Scottish Leaving Certificate Examination, 1956
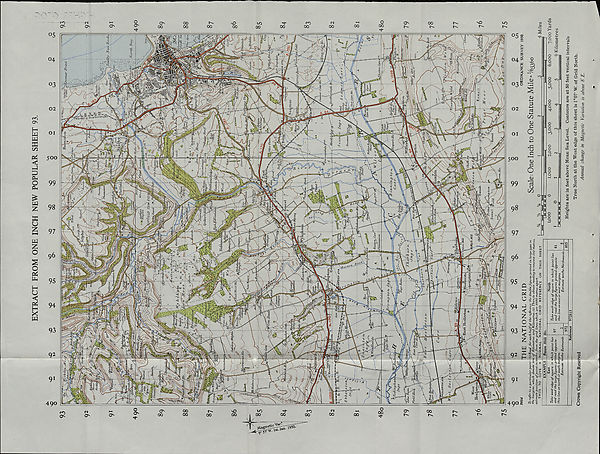
°5 g
03
>
Dei
D
04 ^
1
<
s
03 s
02
OI
500
99
98
97
s
O
vO
-Cp
0»
<u
-(-*
cd
-UJ
00
OJ
a
O
o
4-J
'S
c
>—I
OJ
c
O
jj
CJ
00
"13
>-. 00
§ ^
' O <13
K 6
o
£
o <5
o
o
vd
o
§. ^
^t-
o
o
Q *N
3
o
4^
a
o
o
o
03
r2 ' OD
O
'H
O ^
~Ci C3
0) 03
^3
tie
<D
I
§
-c;
A 4->
o
<u
&
k-